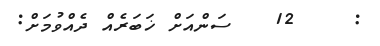
:    12   ސަންއަށް ޚަބަރެއް ދެއްވުމަށް: